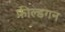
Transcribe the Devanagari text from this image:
फ़ील्डगन